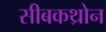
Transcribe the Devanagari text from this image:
सीबकथ्रोन